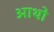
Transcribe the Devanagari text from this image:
आथो